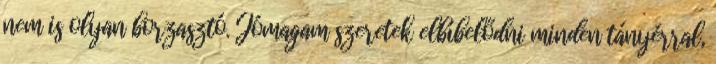
nem is olyan borzasztó. Jómagam szeretek elbíbelődni minden tányérral,